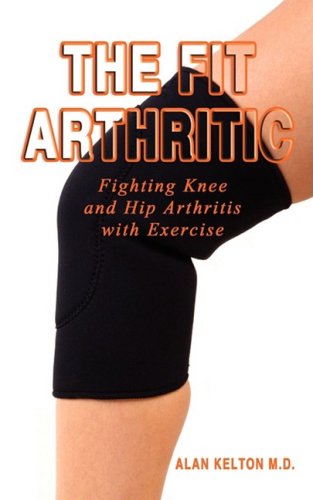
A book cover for The Fit Arthritic: Fighting Knee and Hip Arthritis with Exercise.; Alan Kelton; Health, Fitness & Dieting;